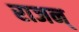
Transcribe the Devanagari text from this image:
राजन्‌